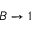
B \rightarrow 1